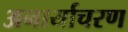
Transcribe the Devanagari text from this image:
अनार्याचरण